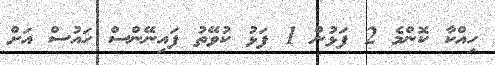
ހިއްކާ ކޮންމެ 2 ފަޅުން 1 ފަޅު ކުވޭތު ފައިނޭންސް ހައުސް އަށް